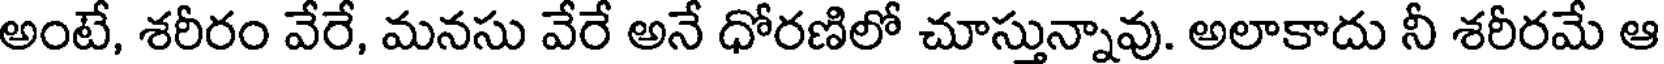
అంటే, శరీరం వేరే, మనసు వేరే అనే ధోరణిలో చూస్తున్నావు. అలాకాదు నీ శరీరమే ఆ